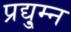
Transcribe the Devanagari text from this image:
प्रद्यु्म्न